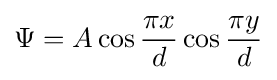
\Psi =A\cos {\frac {\pi x}{d}}\cos {\frac {\pi y}{d}}